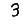
Digit: 3